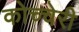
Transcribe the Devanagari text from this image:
कोच्चेरी